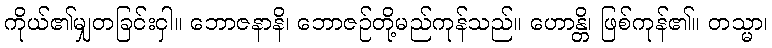
ကိုယ်၏မျှတခြင်းငှါ။ ဘောဇနာနိ၊ ဘောဇဉ်တို့မည်ကုန်သည်။ ဟောန္တိ၊ ဖြစ်ကုန်၏။ တသ္မာ၊